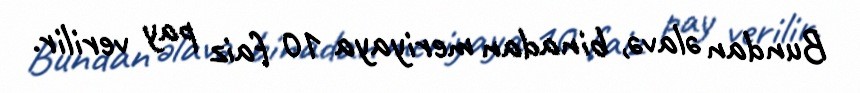
Bundan əlavə, binadan meriyaya 10 faiz pay verilir.